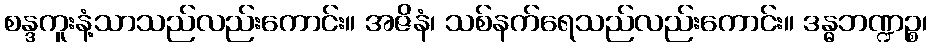
စန္ဒကူးနံ့သာသည်လည်းကောင်း။ အဇိနံ၊ သစ်နက်ရေသည်လည်းကောင်း။ ဒန္ဓဘဏ္ဍဉ္စ၊